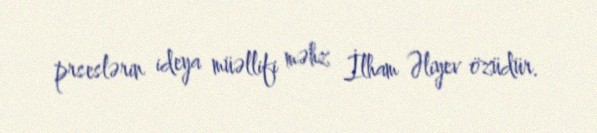
prseslərin ideya müəllifi məhz İlham Əliyev özüdür.